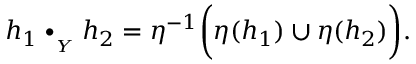
h _ { 1 } \bullet _ { { } _ { Y } } h _ { 2 } = \eta ^ { - 1 } \bigg ( \eta ( h _ { 1 } ) \cup \eta ( h _ { 2 } ) \bigg ) .